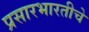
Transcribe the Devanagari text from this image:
प्रसारभारतीचे